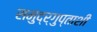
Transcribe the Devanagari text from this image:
समुद्र्गुप्ताशी